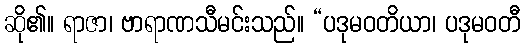
ဆို၏။ ရာဇာ၊ ဗာရာဏသီမင်းသည်။ “ပဒုမဝတိယာ၊ ပဒုမဝတီ